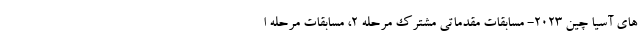
های آسیا چین 2023- مسابقات مقدماتی مشترک مرحله ۲، مسابقات مرحله ا